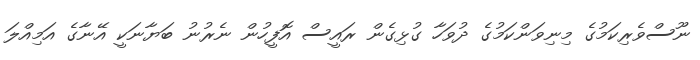
ނޫސްވެރިކަމުގެ މިނިވަންކަމުގެ ދުވަހާ ގުޅިގެން ރައީސް އޮފީހުން ނެރުނު ބަޔާނަކީ އޭނާގެ އަމިއްލަ